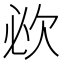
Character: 𣢠